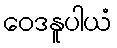
ဝေဒနူပါယံ